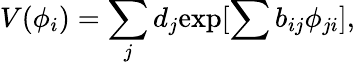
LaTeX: V(\phi_{i})=\sum_{j}d_{j}{\exp[\sum b_{ij}\phi_{ji}]},